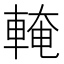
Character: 𨌧